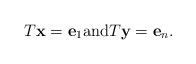
\begin{align*}T{\bf x}={\bf e}_{1}{\rm and} T{\bf y}={\bf e}_{n}.\end{align*}